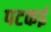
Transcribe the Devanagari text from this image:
पटकई